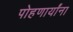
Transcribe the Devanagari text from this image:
पोहणार्यांना